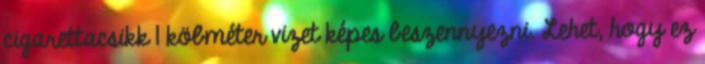
cigarettacsikk 1 köbméter vizet képes beszennyezni. Lehet, hogy ez